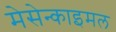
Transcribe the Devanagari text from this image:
मेसेन्काइमल